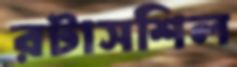
রটাসশিল